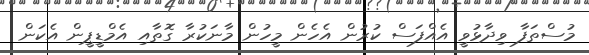
މުސްތަފާ ވިދާޅުވީ އެއްފަސް ކުރުން އެހެން މީހުން މާނަކުރާ ގޮތާއި އެމްޑީޕީން އެކަން